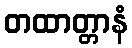
တထာတ္တာနံ